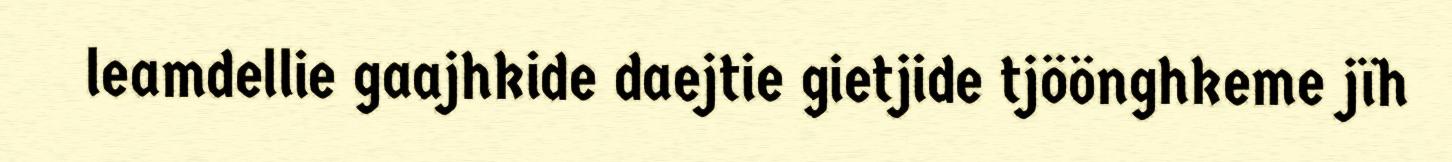
leamdellie gaajhkide daejtie gietjide tjöönghkeme jïh